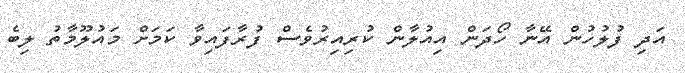
އަދި ފުލުހުން އޭނާ ހޯދަން އިއުލާން ކުރިއިރުވެސް ފުރާފައިވާ ކަމަށް މައުލޫމާތު ލިބެ